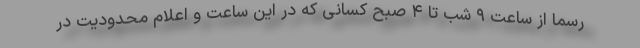
رسما از ساعت ۹ شب تا ۴ صبح کسانی که در این ساعت و اعلام محدودیت در